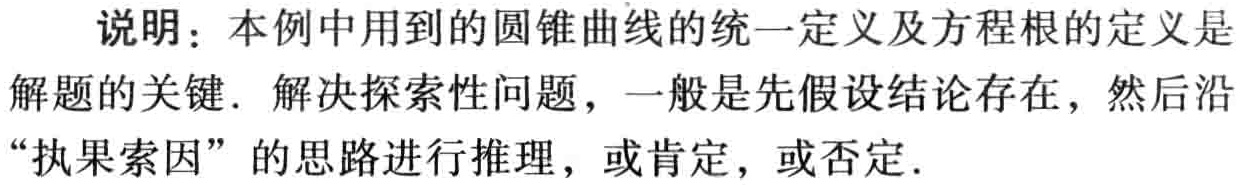
说明：本例中用到的圆锥曲线的统一定义及方程根的定义是
解题的关键. 解决探索性问题，一般是先假设结论存在，然后沿
“执果索因” 的思路进行推理，或肯定，或否定.